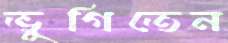
ভুগিতেন